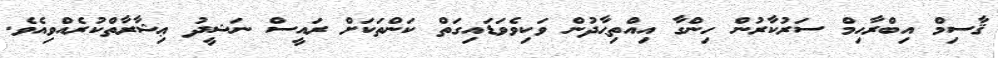
ޤާސިމް އިބްރާހިމް ސަރުކާރުން ހިންގާ އިއްތިޙާދުން ވަކިވެވަޑައިގަތް ކަންތަކަށް ރައީސް ނަޝީދު ޢިޝާރާތްކުރެއްވިއެވެ.